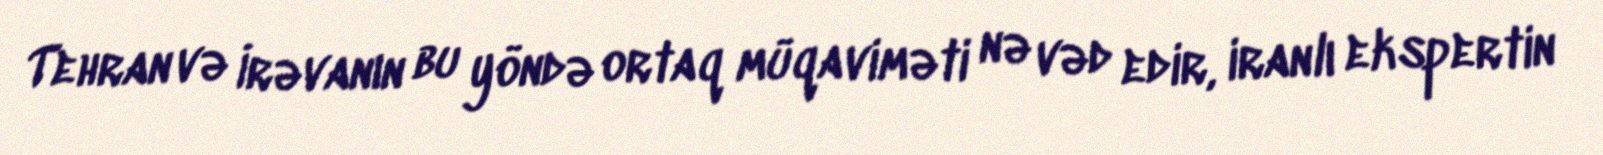
Tehran və İrəvanın bu yöndə ortaq müqaviməti nə vəd edir, iranlı ekspertin